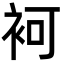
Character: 袔